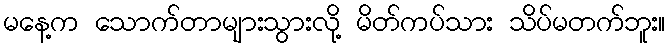
မနေ့က သောက်တာများသွားလို့ မိတ်ကပ်သား သိပ်မတက်ဘူး။